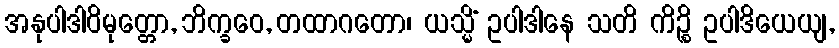
အနုပါဒါဝိမုတ္တော, ဘိက္ခဝေ, တထာဂတော၊ ယသ္မိံ ဥပါဒါနေ သတိ ကိဉ္စိ ဥပါဒိယေယျ,